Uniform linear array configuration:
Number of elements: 24
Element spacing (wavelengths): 0.5
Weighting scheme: hamming
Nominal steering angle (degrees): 60
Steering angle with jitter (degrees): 61.02
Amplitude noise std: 0.05
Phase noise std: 0.05

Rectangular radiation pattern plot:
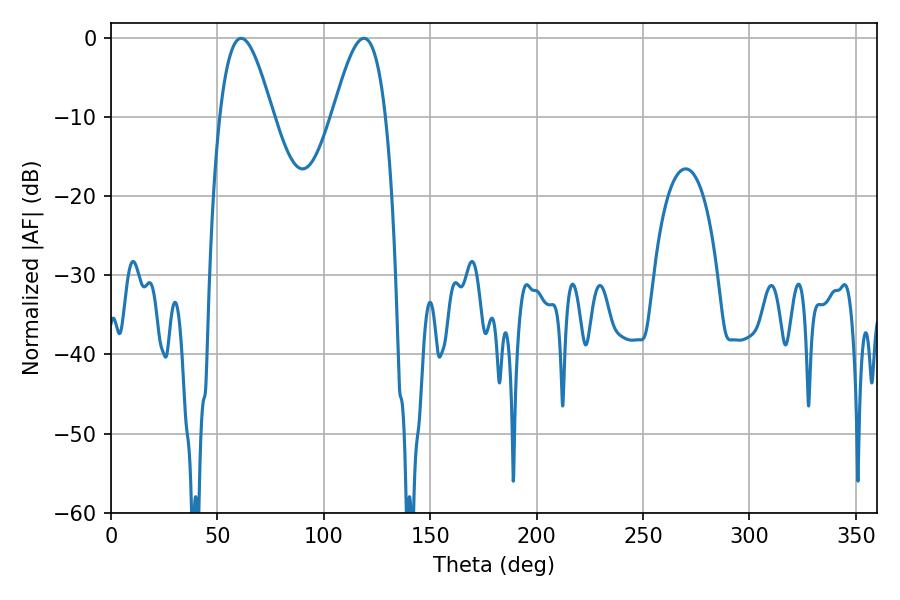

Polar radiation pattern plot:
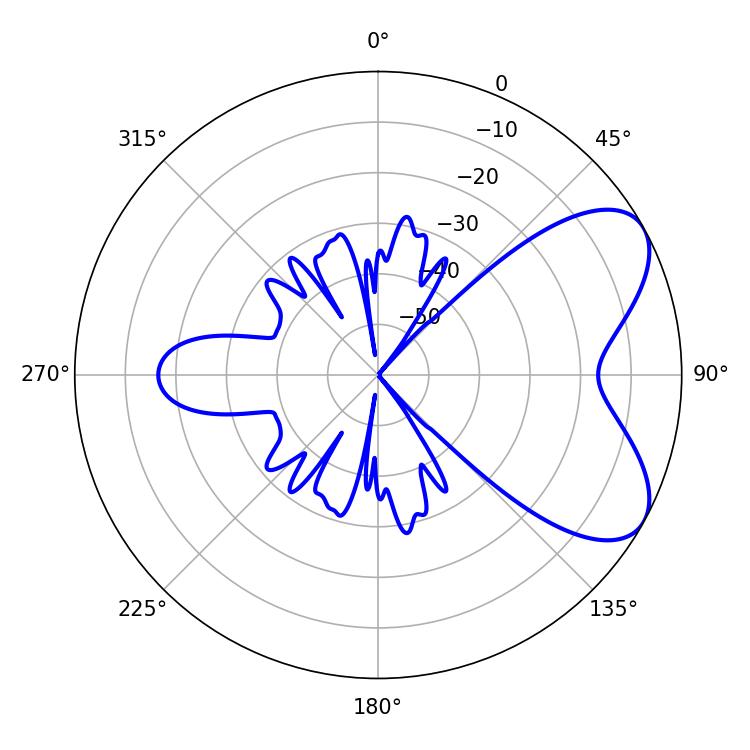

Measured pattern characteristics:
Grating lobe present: FALSE
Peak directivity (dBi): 6.416
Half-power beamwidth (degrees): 13.32
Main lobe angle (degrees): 61.2